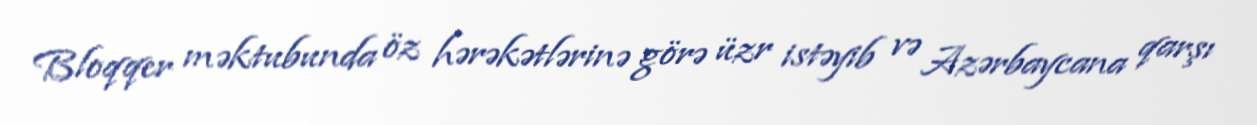
Bloqqer məktubunda öz hərəkətlərinə görə üzr istəyib və Azərbaycana qarşı